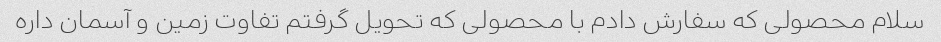
سلام محصولی که سفارش دادم با محصولی که تحویل گرفتم تفاوت زمین و آسمان داره